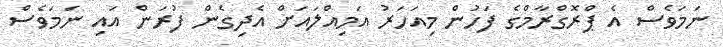
ނަމަވެސް އެ ޕްރޮގްރާމްގެ ފަހުން މިއަހަރު އަމިއްލައަށް އެދިގެން ފުރަން އައި ނަމަވެސް